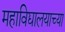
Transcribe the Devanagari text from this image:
महाविद्यालयाच्‍या